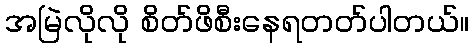
အမြဲလိုလို စိတ်ဖိစီးနေရတတ်ပါတယ်။